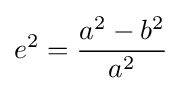
e^{2}={\frac {a^{2}-b^{2}}{a^{2}}}